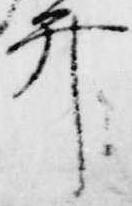
弁